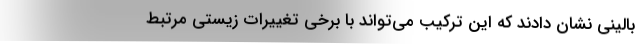
بالینی نشان دادند که این ترکیب می‌تواند با برخی تغییرات زیستی مرتبط